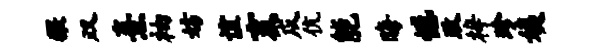
猥双熹袖妨谊亥戍伉能晦憾政梓珍姨